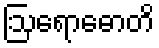
ဩရောဓောတိ